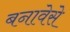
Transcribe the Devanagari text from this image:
बनावेसे